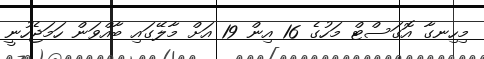
މިހިނގާ އޮގަސްޓް މަހުގެ 16 އިން 19 އަށް މާލޭގައި ބާއްވަން ހަމަޖެހުނީ